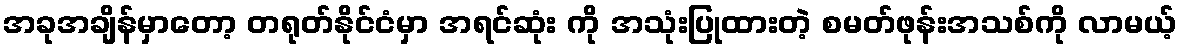
အခုအချိန်မှာတော့ တရုတ်နိုင်ငံမှာ အရင်ဆုံး ကို အသုံးပြုထားတဲ့ စမတ်ဖုန်းအသစ်ကို လာမယ့်